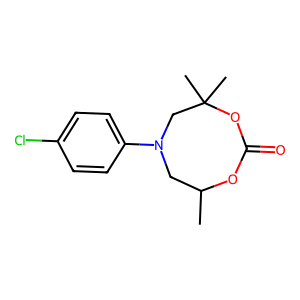
SMILES: CC1CN(c2ccc(Cl)cc2)CC(C)(C)OC(=O)O1
Inhibits HIV replication: No